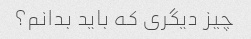
چیز دیگری که باید بدانم؟